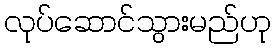
လုပ်ဆောင်သွားမည်ဟု